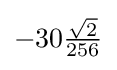
-30{\tfrac {\sqrt {2}}{256}}